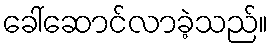
ခေါ်ဆောင်လာခဲ့သည်။